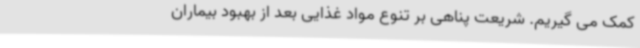
کمک می گیریم. شریعت پناهی بر تنوع مواد غذایی بعد از بهبود بیماران